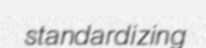
standardizing